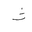
Letter: _tha